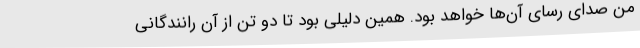
من صدای رسای آن‌ها خواهد بود. همین دلیلی بود تا دو تن از آن رانندگانی